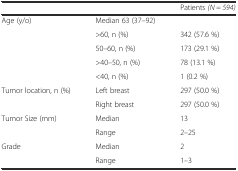
<table><thead><tr><td></td><td></td><td><b>Patients <i>(N = 594)</i></b></td></tr></thead><tbody><tr><td>Age (y/o)</td><td>Median 63 (37–92)</td><td></td></tr><tr><td></td><td>&gt;60, n (%)</td><td>342 (57.6 %)</td></tr><tr><td></td><td>50–60, n (%)</td><td>173 (29.1 %)</td></tr><tr><td></td><td>&gt;40–50, n (%)</td><td>78 (13.1 %)</td></tr><tr><td></td><td>&lt;40, n (%)</td><td>1 (0.2 %)</td></tr><tr><td>Tumor location, n (%)</td><td>Left breast</td><td>297 (50.0 %)</td></tr><tr><td></td><td>Right breast</td><td>297 (50.0 %)</td></tr><tr><td>Tumor Size (mm)</td><td>Median</td><td>13</td></tr><tr><td></td><td>Range</td><td>2–25</td></tr><tr><td>Grade</td><td>Median</td><td>2</td></tr><tr><td></td><td>Range</td><td>1–3</td></tr></tbody></table>